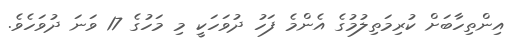
އިންތިހާބަށް ކުރިމަތިލުމުގެ އެންމެ ފަހު ދުވަހަކީ މި މަހުގެ 17 ވަނަ ދުވަހެވެ.